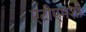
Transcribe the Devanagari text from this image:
एटीएमशी